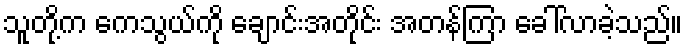
သူတို့က ကေသွယ်ကို ချောင်းအတိုင်း အတန်ကြာ ခေါ်လာခဲ့သည်။